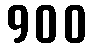
900